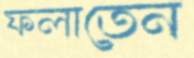
ফলাতেন